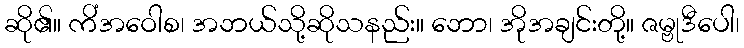
ဆို၏။ ကိံအဝေါစ၊ အဘယ်သို့ဆိုသနည်း။ ဘော၊ အိုအချင်းတို့။ ဇမ္ဗုဒီပေါ၊